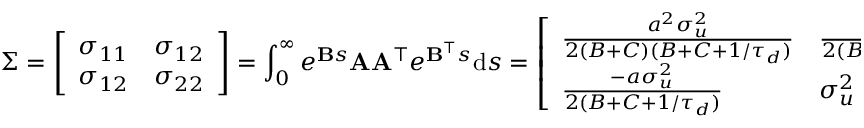
\Sigma = \left[ \begin{array} { l l } { \sigma _ { 1 1 } } & { \sigma _ { 1 2 } } \\ { \sigma _ { 1 2 } } & { \sigma _ { 2 2 } } \end{array} \right] = \int _ { 0 } ^ { \infty } e ^ { \mathbf { B } s } \mathbf { A } \mathbf { A } ^ { \top } e ^ { \mathbf { B } ^ { \top } s } \mathrm { d } s = \left[ \begin{array} { l l } { \frac { a ^ { 2 } \sigma _ { u } ^ { 2 } } { 2 ( B + C ) ( B + C + 1 / \tau _ { d } ) } } & { \frac { - a \sigma _ { u } ^ { 2 } } { 2 ( B + C + 1 / \tau _ { d } ) } } \\ { \frac { - a \sigma _ { u } ^ { 2 } } { 2 ( B + C + 1 / \tau _ { d } ) } } & { \sigma _ { u } ^ { 2 } } \end{array} \right] .